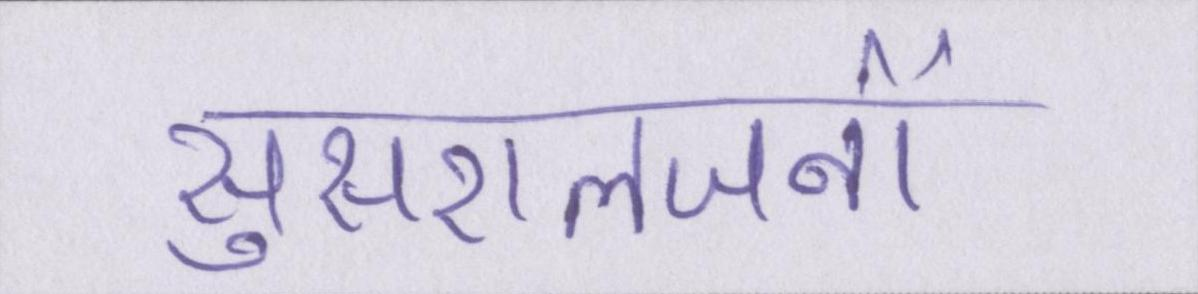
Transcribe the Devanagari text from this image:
सुसरालजनों